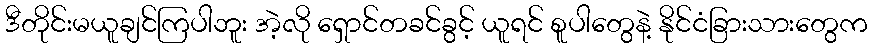
ဒီတိုင်းမယူချင်ကြပါဘူး အဲ့လို ရှောင်တခင်ခွင့် ယူရင် စူပါတွေနဲ့ နိုင်ငံခြားသားတွေက